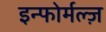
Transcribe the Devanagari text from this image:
इन्फोर्मल्ज़